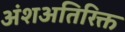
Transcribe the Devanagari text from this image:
अंशअतिरिक्त